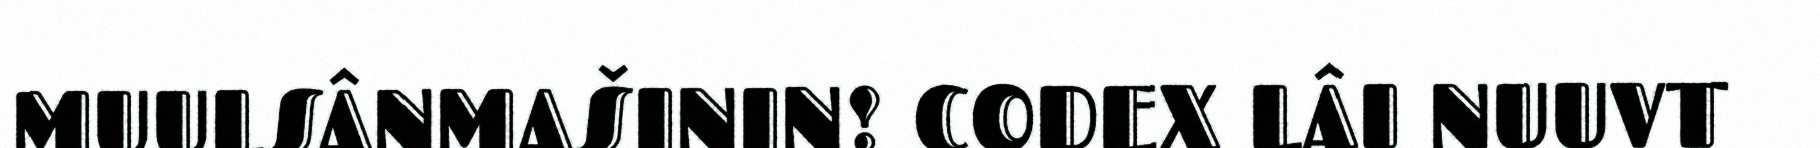
MUULSÂNMAŠININ! CODEX LÂI NUUVT